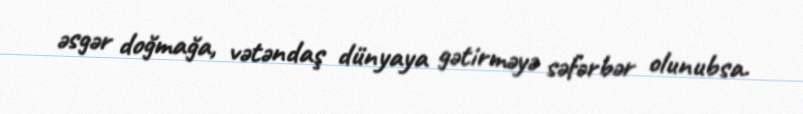
əsgər doğmağa, vətəndaş dünyaya gətirməyə səfərbər olunubsa.